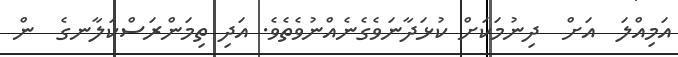
އަމިއްލަ  އަށް  ދިނުމަކަށް ކުޅަދާނަވެގެނެއްނުވެތެވެ. އަދި ތިމަންރަސްކަލާނގެ  ން